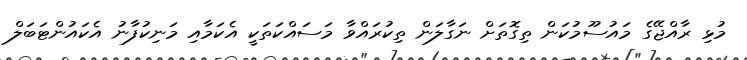
މުޅި ރާއްޖޭގެ މައުސޫމުކަން ތިގޮތަށް ނަގާލަން ތިކުރައްވާ މަސައްކަތަކީ އެކަމާއި މަނިކުފާނު އެކައުންޓަބަލް